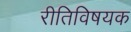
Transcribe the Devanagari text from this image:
रीतिविषयक